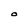
Character: O